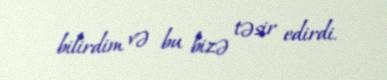
bilirdim və bu bizə təsir edirdi.